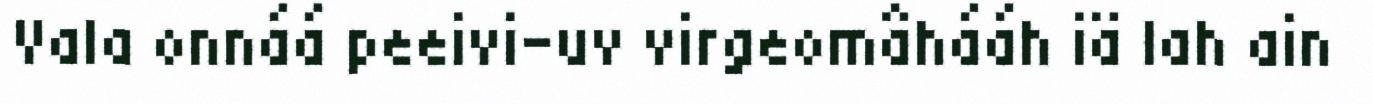
Vala onnáá peeivi-uv virgeomâhááh iä lah ain